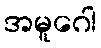
အမူဂေါ